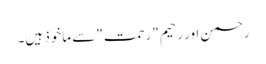
رحمن اور رحیم "رحمت" سے ماخوذ ہیں۔